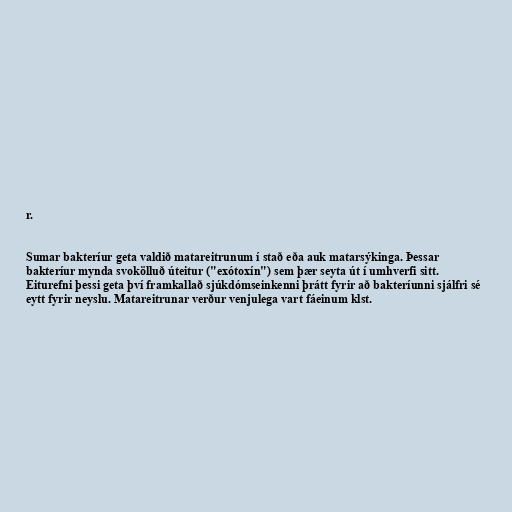
r.

Sumar bakteríur geta valdið matareitrunum í stað eða auk matarsýkinga. Þessar
bakteríur mynda svokölluð úteitur ("exótoxín") sem þær seyta út í umhverfi sitt.
Eiturefni þessi geta því framkallað sjúkdómseinkenni þrátt fyrir að bakteríunni sjálfri sé
eytt fyrir neyslu. Matareitrunar verður venjulega vart fáeinum klst.